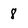
Character: 8